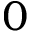
0